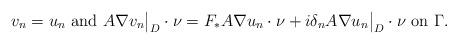
LaTeX: \begin{align*}v_n = u_n \mbox{ and } A \nabla v_n \big|_{D} \cdot \nu = F_*A \nabla u_n \cdot \nu + i \delta_n A \nabla u_n \big|_{D}\cdot \nu \mbox{ on } \Gamma. \end{align*}